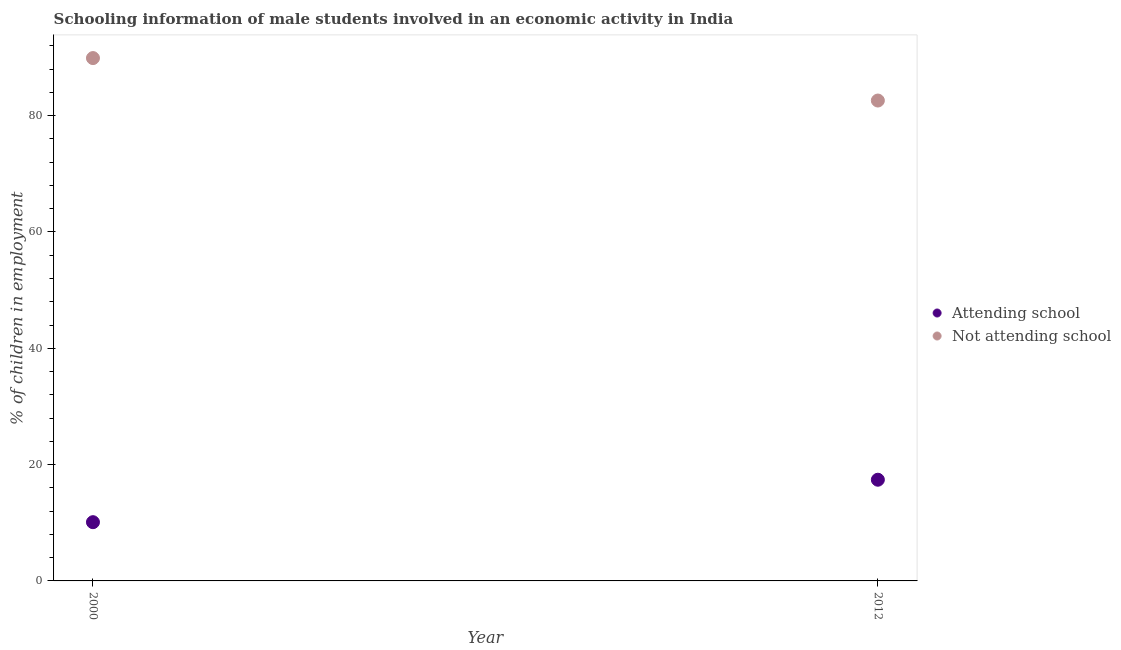
| Year | Attending school | Not attending school |
 | --- | --- | --- |
 | 2000 | 10.1 | 89.9 |
 | 2012 | 17.4 | 82.6 |